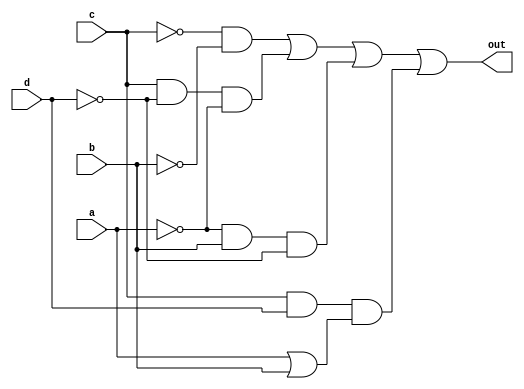
// https://hdlbits.01xz.net/wiki/Kmap2
module top_module(
    input a,
    input b,
    input c,
    input d,
    output out  ); 
    
    assign out = (~c&~b) | (c&~d&~a) | (~a&b&~d) | (c&d&(a|b));

endmodule